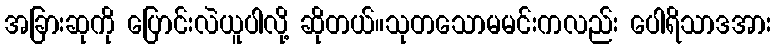
အခြားဆုကို ပြောင်းလဲယူပါလို့ ဆိုတယ်။သုတသောမမင်းကလည်း ပေါရိသာဒအား